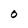
Character: O